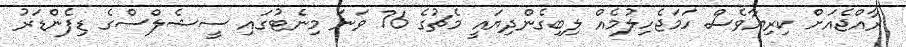
ރާއްޖެއަށް ކިރިޔާވެސް ހަމަޖެހިލުމެއް ލިބިގެންދިޔައީ މެޗުގެ 76 ވަނަ މިނެޓުގައި ސީޝެލްސްގެ ޑިފެންޑަރު